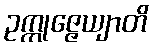
ဥက္ကုဇ္ဇေယျာတိ